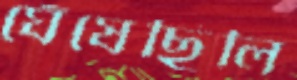
ঘেঁষেছিলি